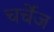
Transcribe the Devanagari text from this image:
चर्चेंज